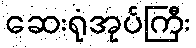
ဆေးရုံအုပ်ကြီး